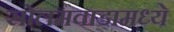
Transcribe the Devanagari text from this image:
सोलमवाडामध्ये